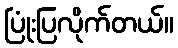
ပြုံးပြလိုက်တယ်။